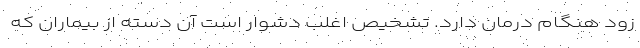
زود هنگام درمان دارد. تشخیص اغلب دشوار است آن دسته از بیماران که